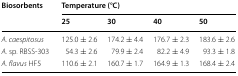
<table><thead><tr><td rowspan="2"><b>Biosorbents</b></td><td colspan="4"><b>Temperature (°C)</b></td></tr><tr><td><b>25</b></td><td><b>30</b></td><td><b>40</b></td><td><b>50</b></td></tr></thead><tbody><tr><td><i>A. caespitosus</i></td><td>125.0 ± 2.6</td><td>174.2 ± 4.4</td><td>176.7 ± 2.3</td><td>183.6 ± 2.6</td></tr><tr><td><i>A.</i> sp. RBSS-303</td><td>54.3 ± 2.6</td><td>79.9 ± 2.4</td><td>82.2 ± 4.9</td><td>93.3 ± 1.8</td></tr><tr><td><i>A. flavus</i> HF5</td><td>110.6 ± 2.1</td><td>160.7 ± 1.7</td><td>164.9 ± 1.3</td><td>168.4 ± 2.4</td></tr></tbody></table>